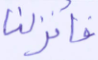
فأنزلنا